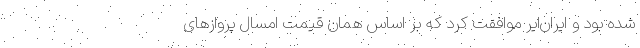
شده بود و ایران‌ایر موافقت کرد که بر اساس همان قیمت امسال پروازهای